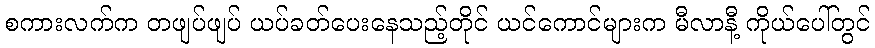
စကားလက်က တဖျပ်ဖျပ် ယပ်ခတ်ပေးနေသည့်တိုင် ယင်ကောင်များက မီလာနီ့ ကိုယ်ပေါ်တွင်